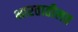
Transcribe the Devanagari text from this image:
भारतातीलत